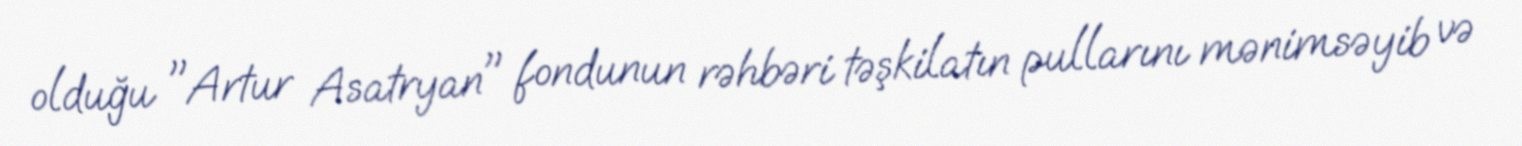
olduğu "Artur Asatryan" fondunun rəhbəri təşkilatın pullarını mənimsəyib və